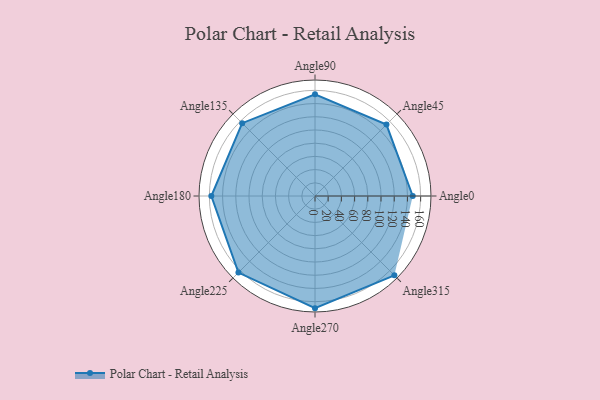
{"axis": {"x": "Angle", "y": "Radius"}, "legend": [""], "data": [{"x": "Angle0", "y": 148.0, "type": ""}, {"x": "Angle45", "y": 153.0, "type": ""}, {"x": "Angle90", "y": 154.0, "type": ""}, {"x": "Angle135", "y": 156.0, "type": ""}, {"x": "Angle180", "y": 157.0, "type": ""}, {"x": "Angle225", "y": 164.0, "type": ""}, {"x": "Angle270", "y": 170, "type": ""}, {"x": "Angle315", "y": 170, "type": ""}]}